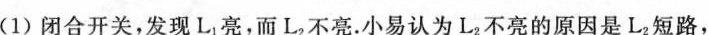
(1)闭合开关，发现L_{1} 亮，而L_{2} 不亮。小易认为L_{2} 不亮的原因是L_{2} 短路，